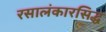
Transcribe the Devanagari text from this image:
रसालंकारसिद्ध